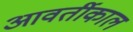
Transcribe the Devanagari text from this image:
आवर्तीकाल